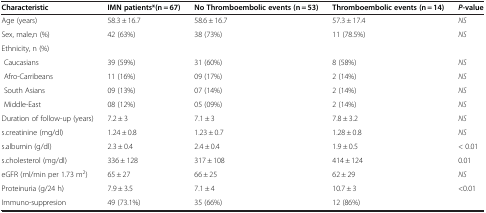
| Characteristic | IMN patients*(n = 67) | No Thromboembolic events (n = 53) | Thromboembolic events (n = 14) | P-value |
 | --- | --- | --- | --- | --- |
 | Age (years) | 58.3 ± 16.7 | 58.6 ± 16.7 | 57.3 ± 17.4 | NS |
 | Sex, male,n (%) | 42 (63%) | 38 (73%) | 11 (78.5%) | NS |
 | Ethnicity, n (%) |  |  |  |  |
 | Caucasians | 39 (59%) | 31 (60%) | 8 (58%) | NS |
 | Afro-Carribeans | 11 (16%) | 09 (17%) | 2 (14%) | NS |
 | South Asians | 09 (13%) | 07 (14%) | 2 (14%) | NS |
 | Middle-East | 08 (12%) | 05 (09%) | 2 (14%) | NS |
 | Duration of follow-up (years) | 7.2 ± 3 | 7.1 ± 3 | 7.8 ± 3.2 | NS |
 | s.creatinine (mg/dl) | 1.24 ± 0.8 | 1.23 ± 0.7 | 1.28 ± 0.8 | NS |
 | s.albumin (g/dl) | 2.3 ± 0.4 | 2.4 ± 0.4 | 1.9 ± 0.5 | < 0.01 |
 | s.cholesterol (mg/dl) | 336 ± 128 | 317 ± 108 | 414 ± 124 | 0.01 |
 | eGFR (ml/min per 1.73 m2) | 65 ± 27 | 66 ± 25 | 62 ± 29 | NS |
 | Proteinuria (g/24 h) | 7.9 ± 3.5 | 7.1 ± 4 | 10.7 ± 3 | <0.01 |
 | Immuno-suppresion | 49 (73.1%) | 35 (66%) | 12 (86%) |  |